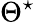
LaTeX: \Theta^{\star}